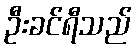
ဦးခင်ရီသည်